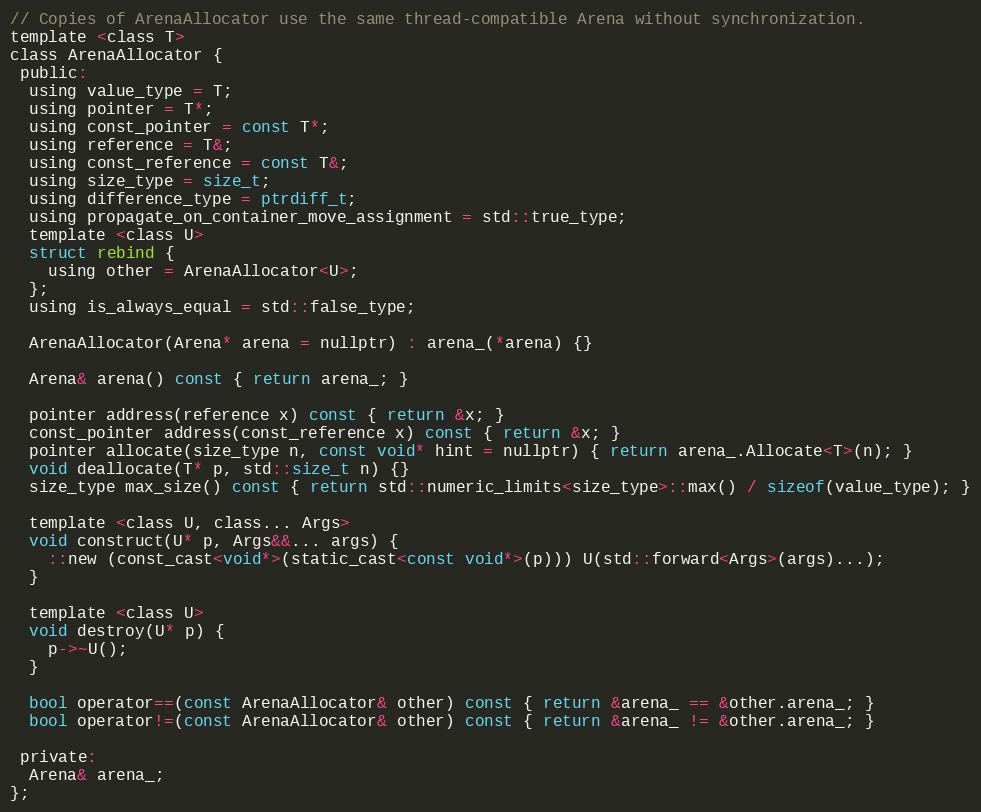
Language: C
// Copies of ArenaAllocator use the same thread-compatible Arena without synchronization.
template <class T>
class ArenaAllocator {
 public:
  using value_type = T;
  using pointer = T*;
  using const_pointer = const T*;
  using reference = T&;
  using const_reference = const T&;
  using size_type = size_t;
  using difference_type = ptrdiff_t;
  using propagate_on_container_move_assignment = std::true_type;
  template <class U>
  struct rebind {
    using other = ArenaAllocator<U>;
  };
  using is_always_equal = std::false_type;

  ArenaAllocator(Arena* arena = nullptr) : arena_(*arena) {}

  Arena& arena() const { return arena_; }

  pointer address(reference x) const { return &x; }
  const_pointer address(const_reference x) const { return &x; }
  pointer allocate(size_type n, const void* hint = nullptr) { return arena_.Allocate<T>(n); }
  void deallocate(T* p, std::size_t n) {}
  size_type max_size() const { return std::numeric_limits<size_type>::max() / sizeof(value_type); }

  template <class U, class... Args>
  void construct(U* p, Args&&... args) {
    ::new (const_cast<void*>(static_cast<const void*>(p))) U(std::forward<Args>(args)...);
  }

  template <class U>
  void destroy(U* p) {
    p->~U();
  }

  bool operator==(const ArenaAllocator& other) const { return &arena_ == &other.arena_; }
  bool operator!=(const ArenaAllocator& other) const { return &arena_ != &other.arena_; }

 private:
  Arena& arena_;
};